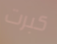
كبرت